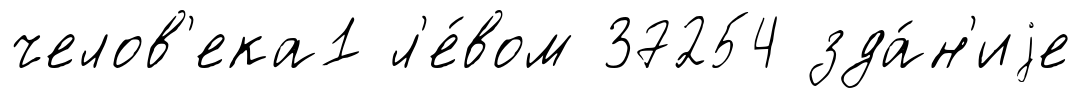
челов'ека1 л'е́вом 37254 зда́н'иjе